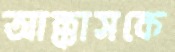
আক্কাসকে